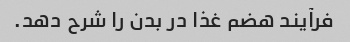
فرآیند هضم غذا در بدن را شرح دهد.